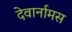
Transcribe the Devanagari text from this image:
देवार्नामस